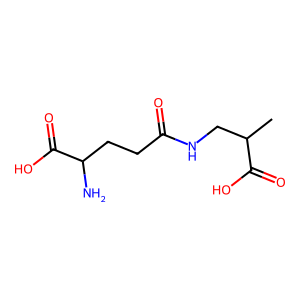
SMILES: CC(CNC(=O)CCC(N)C(=O)O)C(=O)O
Inhibits HIV replication: No